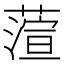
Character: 𮶵